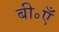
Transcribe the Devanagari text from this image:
बी॰एँ